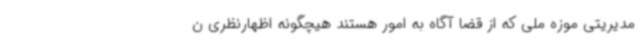
مدیریتی موزه ملی که از قضا آگاه به امور هستند هیچگونه اظهارنظری ن